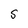
Character: S